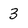
Character: 3